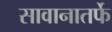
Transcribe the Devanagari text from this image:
सावानातर्फे